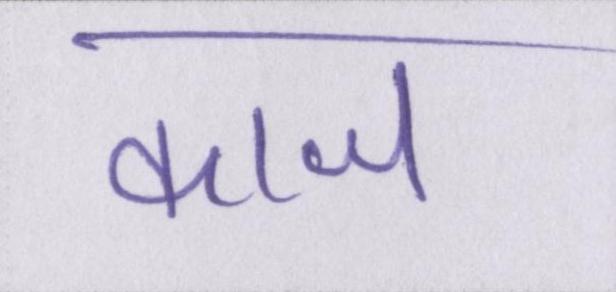
काज